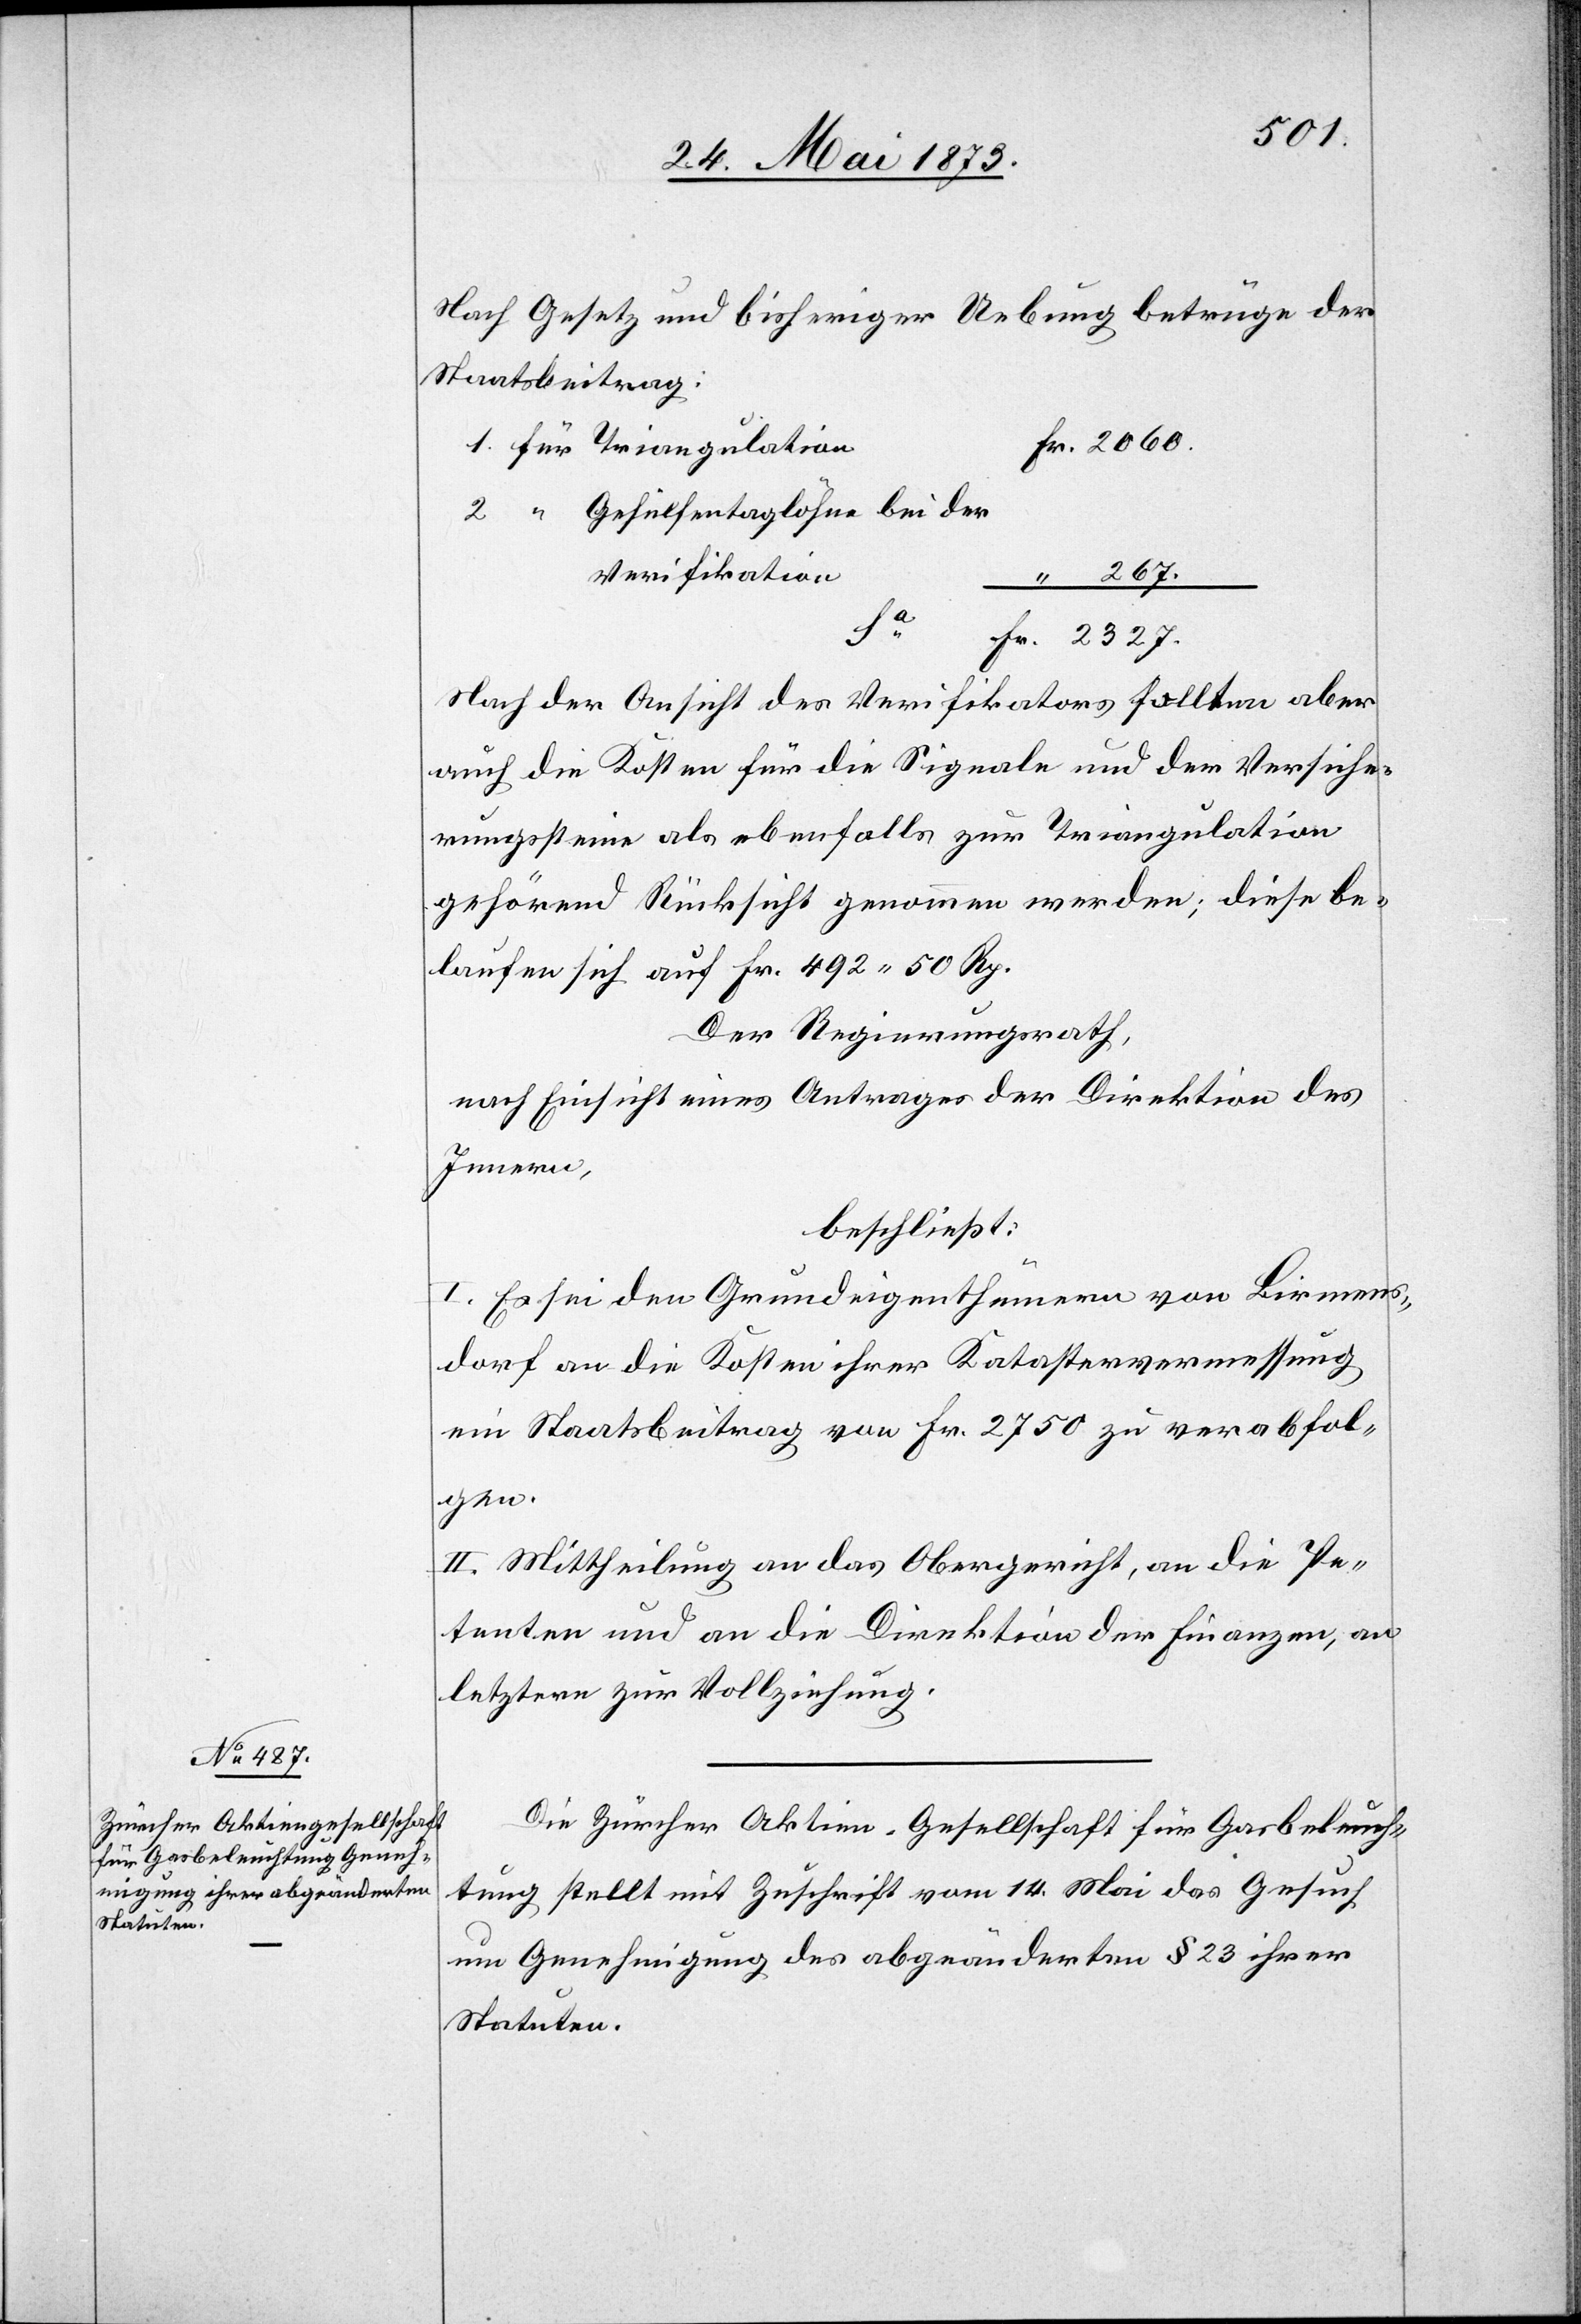
Nach Gesetz und bisheriger Uebung betrüge der
Staatsbeitrag:
Gehülfentaglöhne bei der
Verifikation
267.
327.
Fr.
Nach der Ansicht des Verifikators sollten aber
[auf] die Kosten für die Signale und der Versiche¬
rungssteine als ebenfalls zur Triangulation
gehörend Rücksicht genommen werden; diese be¬
laufen sich auf Fr. 492 50 Rp.
Der Regierungsrath,
nach Einsicht eines Antrages der Direktion des
Innern,
beschließt:
I. Es sei den Grundeigenthümern von Birmens¬
dorf an die Kosten ihrer Katastervermessung
ein Staatsbeitrag von Fr. 2 750 zu verabfol¬
gen.
II. Mittheilung an das Obergericht, an die Pe¬
tenten und an die Direktion der Finanzen, an
letztere zur Vollziehung.
Die Zürcher Aktien-Gesellschaft für Gasbeleuch¬
tung stellt mit Zuschrift vom 14. Mai das Gesuch
um Genehmigung des abgeänderten § 23 ihrer
Statuten.